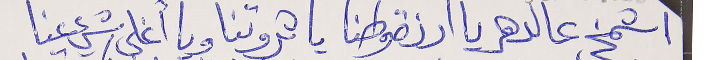
اشمخي عالدهر يا ارزة وطنا      يا ثروتنا ويا أغلى شيء عنا